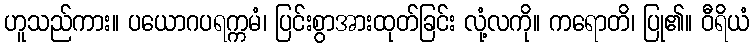
ဟူသည်ကား။ ပယောဂပရက္ကမံ၊ ပြင်းစွာအားထုတ်ခြင်း လုံ့လကို။ ကရောတိ၊ ပြု၏။ ဝီရိယံ